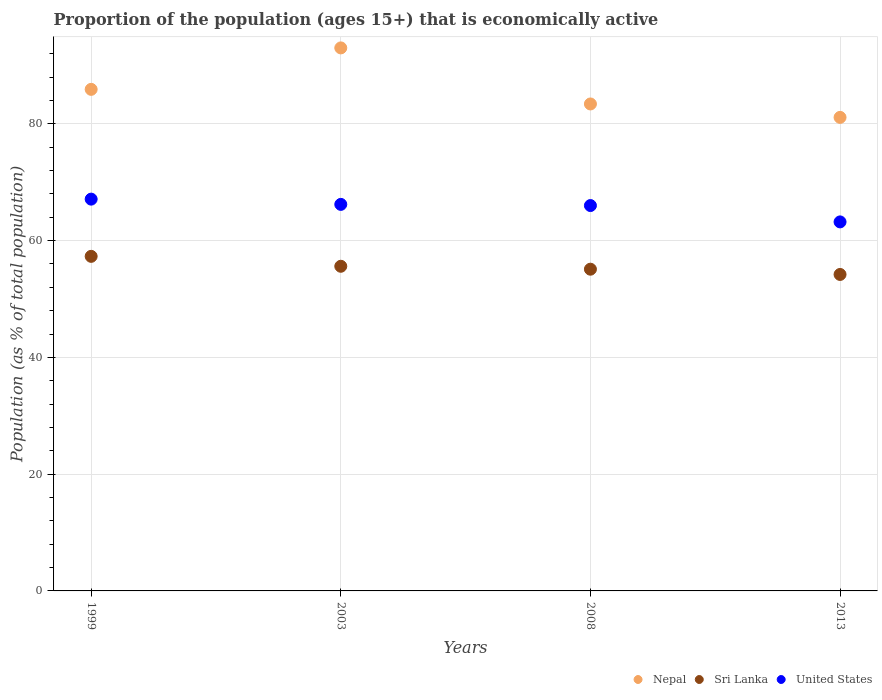
| Years | Nepal | Sri Lanka | United States |
 | --- | --- | --- | --- |
 | 1999 | 85.9 | 57.3 | 67.1 |
 | 2003 | 93 | 55.6 | 66.2 |
 | 2008 | 83.4 | 55.1 | 66 |
 | 2013 | 81.1 | 54.2 | 63.2 |